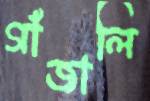
গাঁজালি